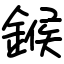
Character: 鍭